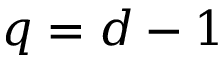
q = d - 1